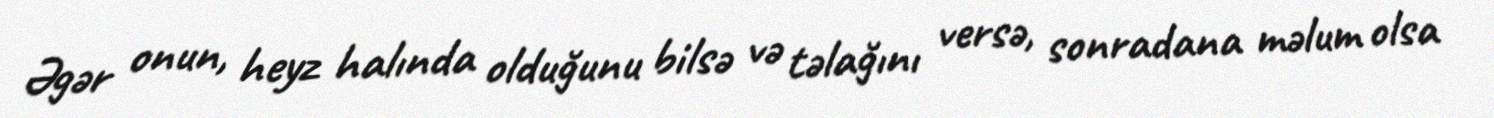
Əgər onun, heyz halında olduğunu bilsə və təlağını versə, sonradana məlum olsa